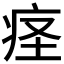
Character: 𫞬